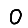
Digit: 0